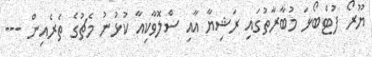
ޔޫރޯ ފުޓްބޯޅަ މުބާރާތުގައި ރަޝިޔާ އާއި ސްލޮވާކިއާ ކުޅުނު މެޗުގެ ތެރެއިން ---